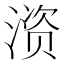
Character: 𫞚